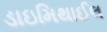
ડાઇમિથાઈલ